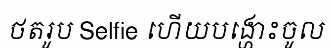
ថតរូប Selfie ហើយបង្ហោះចូល